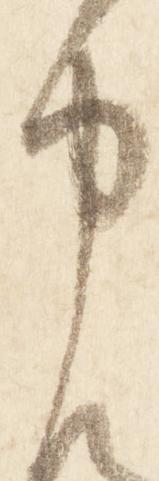
申